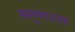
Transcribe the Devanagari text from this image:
सगुणाऊला